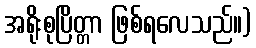
အရိုးစုပြိတ္တာ ဖြစ်ရလေသည်။)